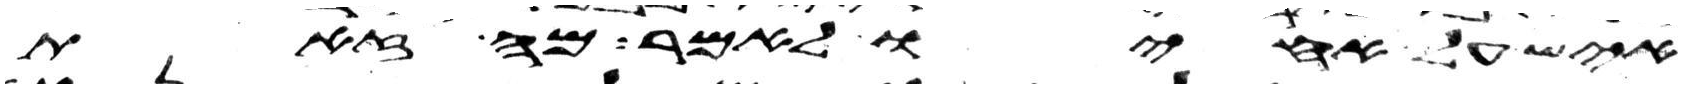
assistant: איש על אחיו לאמר מה זאת